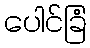
ပေါင်ခြံ